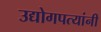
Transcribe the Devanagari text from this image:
उद्योगपत्यांनी